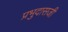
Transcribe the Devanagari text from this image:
प्रभुदासजी